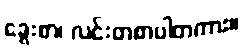
ခွေးစာ၊ လင်းတစာပါတကာ:။